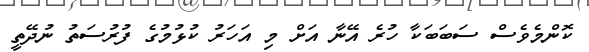
ކޮންމެވެސް ސަބަބަކާ ހުރެ އޭނާ އަށް މި އަހަރު ކުޅުމުގެ ފުރުސަތު ނުދޭތީ